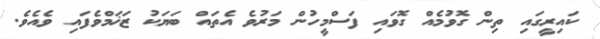
ކައިރީގައި ތިން ގޮވުމެއް ގޮވައި ފަސްމީހުން މަރުވެ އެތައް ބަޔަކު ޒަޚަމްވެފައި ވެއެވެ.